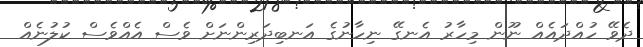
ދެވޭ ހުއްދައެއް ނޫން މިހާރު އެނގޭ ނިހާނުގެ އަނބިދަރިންނަށް ވެސް އެއްވެސް ކުލުނެއް